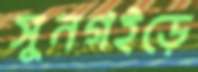
সুনগইড়ে